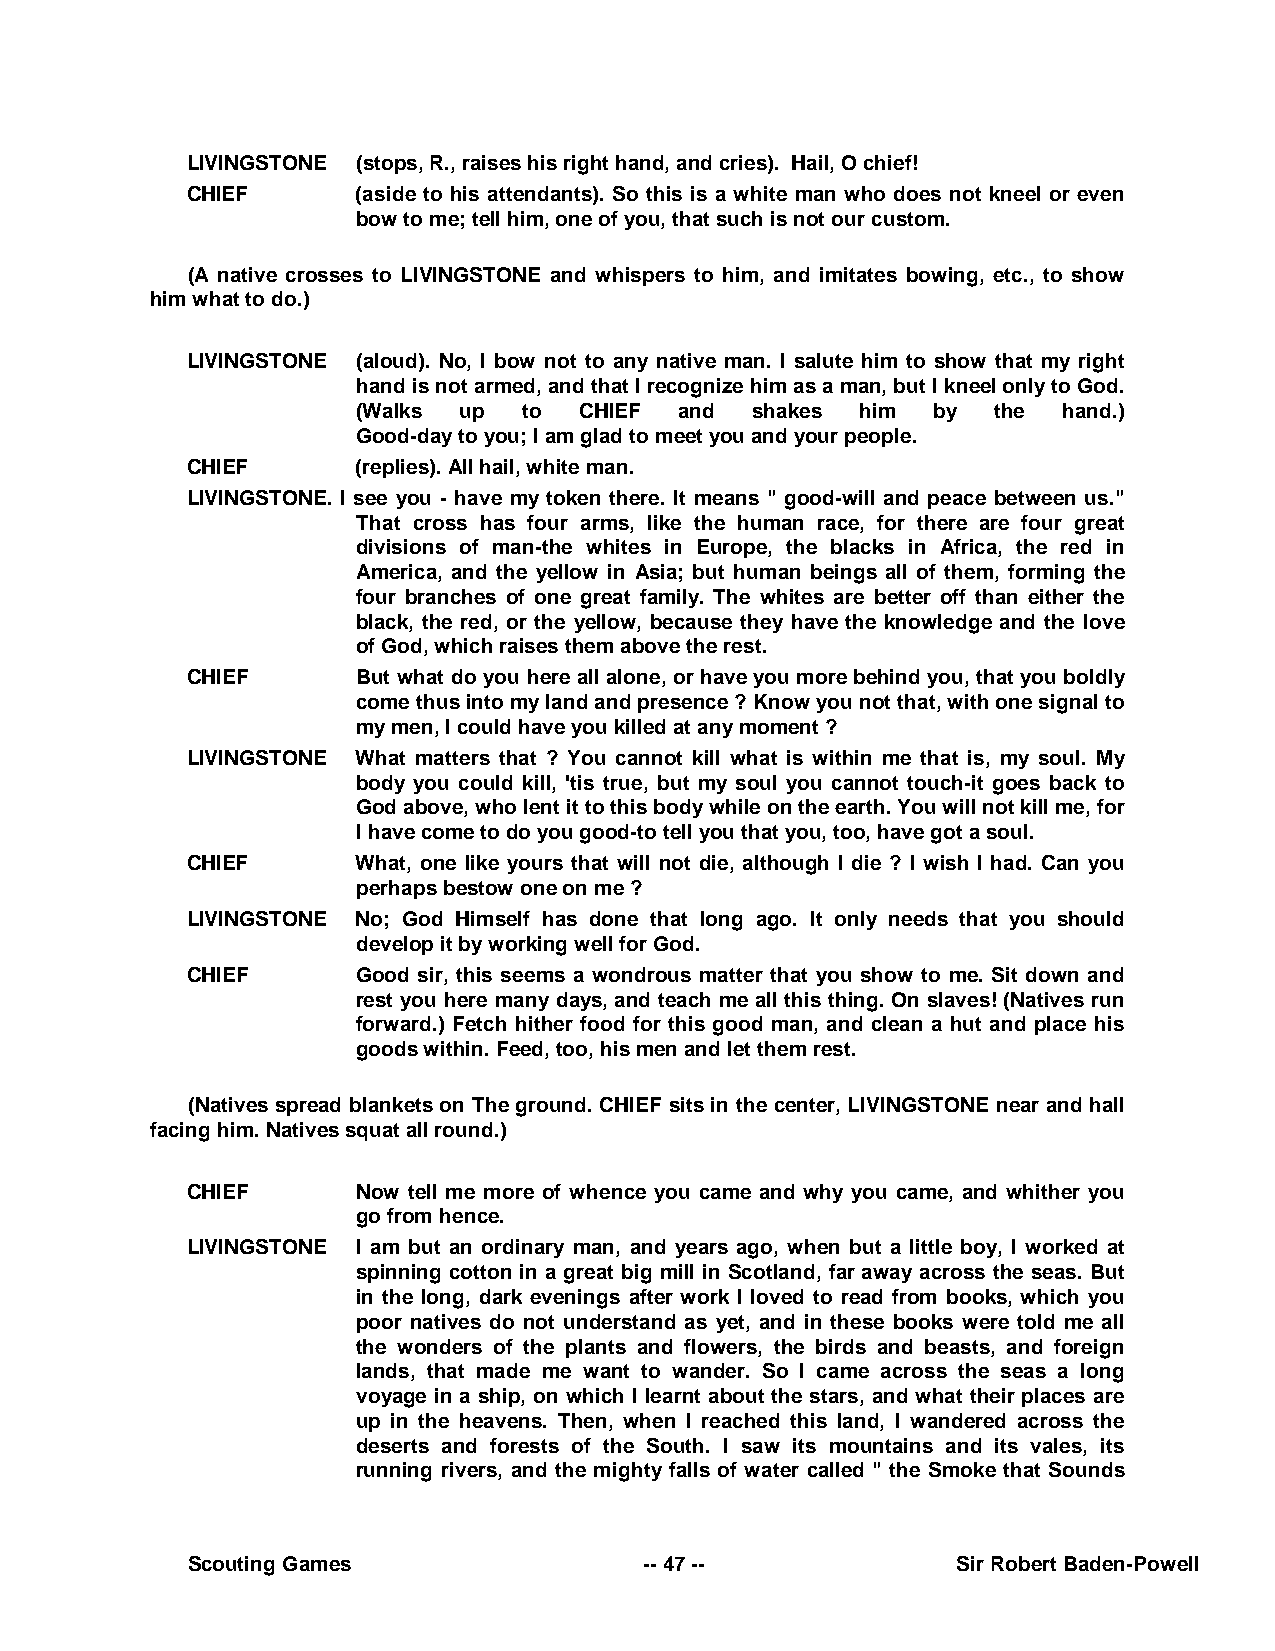
LIVINGSTONE (stops, R., raises his right hand, and cries). Hail, O chief!
 CHIEF       (aside to his attendants). So this is a white man who does not kneel or even
 bow to me; tell him, one of you, that such is not our custom.
 (A native crosses to LIVINGSTONE and whispers to him, and imitates bowing, etc., to show
 him what to do.)
 LIVINGSTONE (aloud). No, I bow not to any native man. I salute him to show that my right
 hand is not armed, and that I recognize him as a man, but I kneel only to God.
 (Walks up  to CHIEF  and  shakes him  by  the hand.)
 Good-day to you; I am glad to meet you and your people.
 CHIEF       (replies). All hail, white man.
 LIVINGSTONE. I see you - have my token there. It means " good-will and peace between us."
 That cross has four arms, like the human race, for there are four great
 divisions of man-the whites in Europe, the blacks in Africa, the red in
 America, and the yellow in Asia; but human beings all of them, forming the
 four branches of one great family. The whites are better off than either the
 black, the red, or the yellow, because they have the knowledge and the love
 of God, which raises them above the rest.
 CHIEF       But what do you here all alone, or have you more behind you, that you boldly
 come thus into my land and presence ? Know you not that, with one signal to
 my men, I could have you killed at any moment ?
 LIVINGSTONE What matters that ? You cannot kill what is within me that is, my soul. My
 body you could kill, 'tis true, but my soul you cannot touch-it goes back to
 God above, who lent it to this body while on the earth. You will not kill me, for
 I have come to do you good-to tell you that you, too, have got a soul.
 CHIEF       What, one like yours that will not die, although I die ? I wish I had. Can you
 perhaps bestow one on me ?
 LIVINGSTONE No; God Himself has done that long ago. It only needs that you should
 develop it by working well for God.
 CHIEF       Good sir, this seems a wondrous matter that you show to me. Sit down and
 rest you here many days, and teach me all this thing. On slaves! (Natives run
 forward.) Fetch hither food for this good man, and clean a hut and place his
 goods within. Feed, too, his men and let them rest.
 (Natives spread blankets on The ground. CHIEF sits in the center, LIVINGSTONE near and hall
 facing him. Natives squat all round.)
 CHIEF       Now tell me more of whence you came and why you came, and whither you
 go from hence.
 LIVINGSTONE I am but an ordinary man, and years ago, when but a little boy, I worked at
 spinning cotton in a great big mill in Scotland, far away across the seas. But
 in the long, dark evenings after work I loved to read from books, which you
 poor natives do not understand as yet, and in these books were told me all
 the wonders of the plants and flowers, the birds and beasts, and foreign
 lands, that made me want to wander. So I came across the seas a long
 voyage in a ship, on which I learnt about the stars, and what their places are
 up in the heavens. Then, when I reached this land, I wandered across the
 deserts and forests of the South. I saw its mountains and its vales, its
 running rivers, and the mighty falls of water called " the Smoke that Sounds
 Scouting Games                 -- 47 --            Sir Robert Baden-Powell